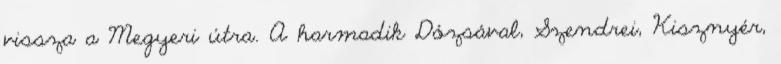
vissza a Megyeri útra. A harmadik Dózsával, Szendrei, Kisznyér,